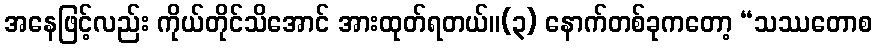
အနေဖြင့်လည်း ကိုယ်တိုင်သိအောင် အားထုတ်ရတယ်။(၃) နောက်တစ်ခုကတော့ “သဿတောစ